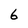
Character: 6